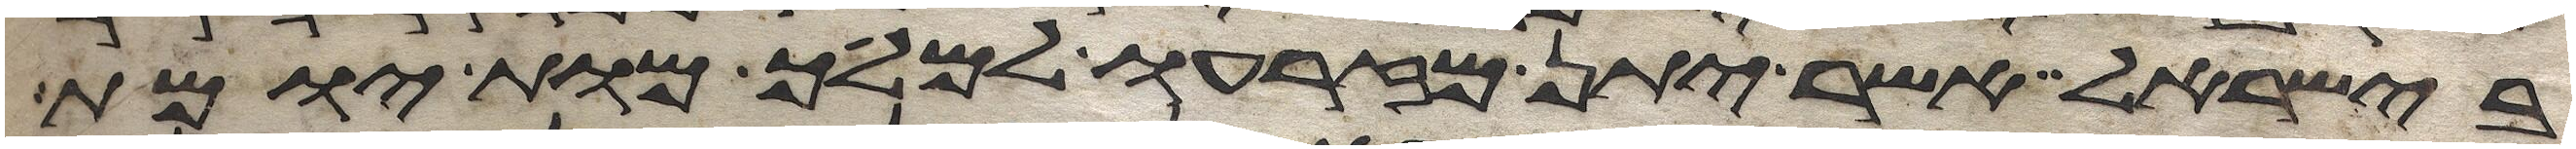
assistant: בישראל אשר יתן מזרעו למלך מות יומת